Annual report of the Punjab Veterinary College and of the Civil Veterinary Department, Punjab - 1926-1932
Year: 1926
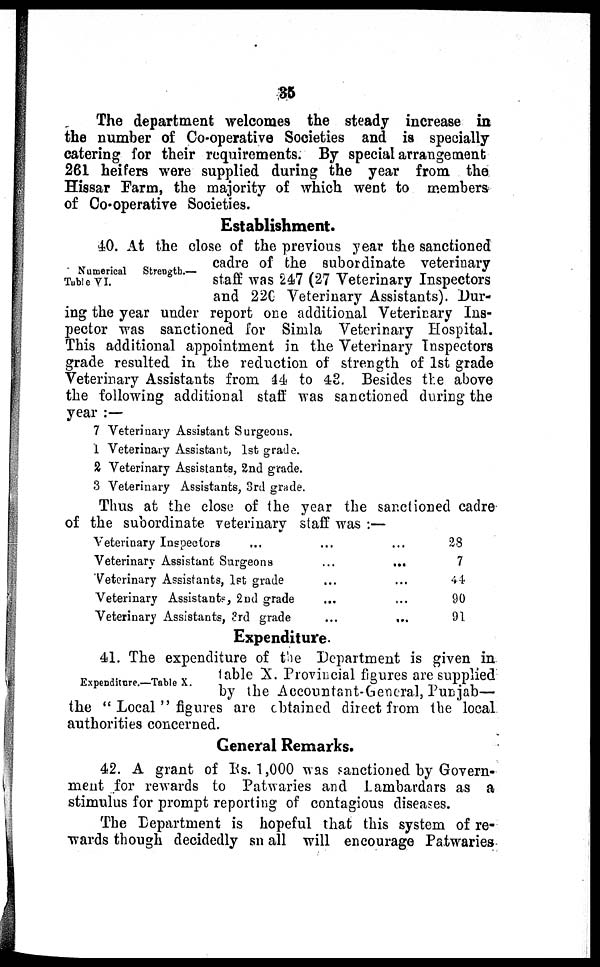
35
The department welcomes the steady increase in
the number of Co-operative Societies and is specially
catering for their requirements. By special arrangement
261 heifers were supplied during the year from the
Hissar Farm, the majority of which went to members
of Co-operative Societies.
Establishment.
Numerical Strength.—
Table VI.
40. At the close of the previous year the sanctioned
cadre of the subordinate veterinary
staff was 247 (27 Veterinary Inspectors
and 220 Veterinary Assistants). Dur-
ing the year under report one additional Veterinary Ins-
pector was sanctioned for Simla Veterinary Hospital.
This additional appointment in the Veterinary Inspectors
grade resulted in the reduction of strength of 1st grade
Veterinary Assistants from 44 to 43. Besides the above
the following additional staff was sanctioned during the
year:—
7
1
2
3
Veterinary Assistant Surgeons.
Veterinary Assistant,
Veterinary Assistants,
Veterinary Assistants,
1st grade.
2nd grade.
3rd grade.
Thus at the close of the year the sanctioned cadre
of the subordinate veterinary staff was:—
Veterinary Inspectors
...
...
...
Veterinary Assistant Surgeons
...
...
Veterinary Assistants, 1st grade
...
...
Veterinary Assistants, 2nd grade
...
...
Veterinary Assistants, 3rd grade
....
...
28
7
44
90
91
Expenditure.
Expenditure.—Table X.
41. The expenditure of the Department is given in
table X. Provincial figures are supplied
by the Accountant-General, Punjab—
the "Local" figures are obtained direct from the local
authorities concerned.
General Remarks.
42. A grant of Rs. 1,000 was sanctioned by Govern-
ment for rewards to Patwaries and Lambardars as a
stimulus for prompt reporting of contagious diseases.
The Department is hopeful that this system of re-
wards though decidedly small will encourage Patwaries